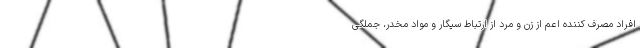
افراد مصرف کننده اعم از زن و مرد از ارتباط سیگار و مواد مخدر، جملگی